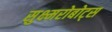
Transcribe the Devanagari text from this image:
सुक्ष्मरोबोट्स